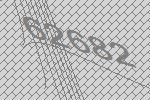
62682